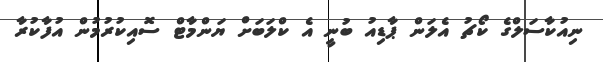
ނިއުކާސަލްގެ ކޯޗު އެލަން ޕާޑިއު ބުނީ އެ ކްލަބަށް ޔަންމާޓް ސޮއިކުރުމުން އުފާކުރާ